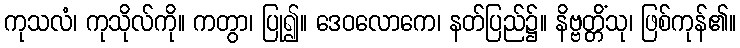
ကုသလံ၊ ကုသိုလ်ကို။ ကတွာ၊ ပြု၍။ ဒေဝလောကေ၊ နတ်ပြည်၌။ နိဗ္ဗတ္တိံသု၊ ဖြစ်ကုန်၏။